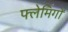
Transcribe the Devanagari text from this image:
फ्लेमिगों